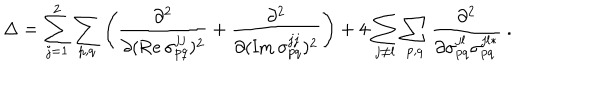
\Delta = \sum _ { j = 1 } ^ { 2 } \sum _ { p , q } \left( \frac { \partial ^ { 2 } } { \partial ( \mathrm { R e } \, \sigma _ { p q } ^ { j j } ) ^ { 2 } } + \frac { \partial ^ { 2 } } { \partial ( \mathrm { I m } \, \sigma _ { p q } ^ { j j } ) ^ { 2 } } \right) + 4 \sum _ { j \neq l } \sum _ { p , q } \frac { \partial ^ { 2 } } { \partial \sigma _ { p q } ^ { j l } \sigma _ { p q } ^ { j l * } } \ .